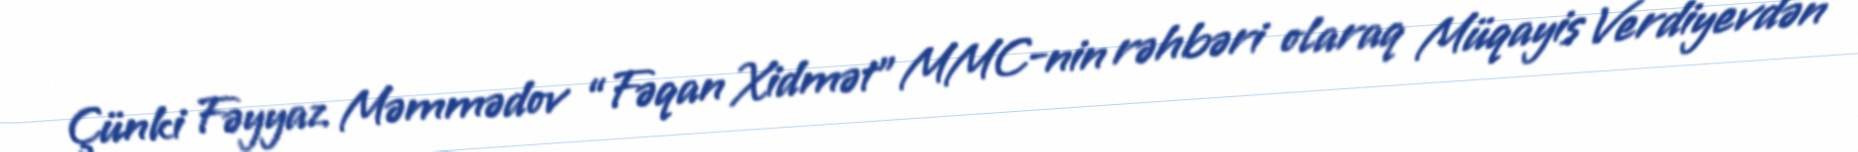
Çünki Fəyyaz Məmmədov “Fəqan Xidmət” MMC-nin rəhbəri olaraq Müqayis Verdiyevdən